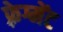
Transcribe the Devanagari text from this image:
फ़्रेग्मेंट